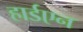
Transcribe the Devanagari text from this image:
हार्डएन